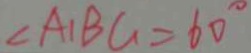
\angle A _ { 1 } B G = 6 0 ^ { \circ }